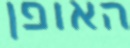
האופן